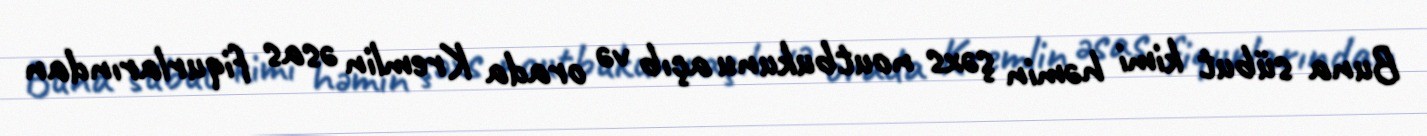
Buna sübut kimi həmin şəxs noutbukunu açıb və orada Kremlin əsas fiqurlarından